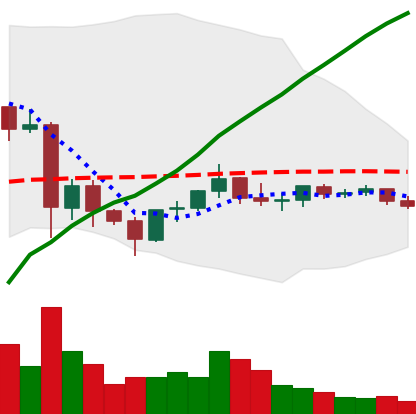
Ticker: EOS-USD
Chart end date: 2021-06-05
Forward return: -12.085%
Label: down_7plus